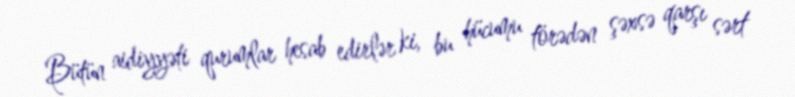
Bütün aidiyyəti qurumlar hesab edirlər ki, bu hücumu törədən şəxsə qarşı sərt